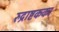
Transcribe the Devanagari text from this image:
रुद्राष्टकका